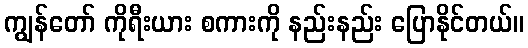
ကျွန်တော် ကိုရီးယား စကားကို နည်းနည်း ပြောနိုင်တယ်။